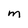
Character: m